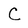
Character: C